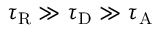
\tau _ { \mathrm { R } } \gg \tau _ { \mathrm { D } } \gg \tau _ { \mathrm { A } }